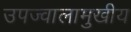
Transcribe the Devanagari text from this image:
उपज्वालामुखीय